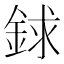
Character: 銶